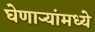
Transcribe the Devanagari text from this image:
घेणार्‍यांमध्ये